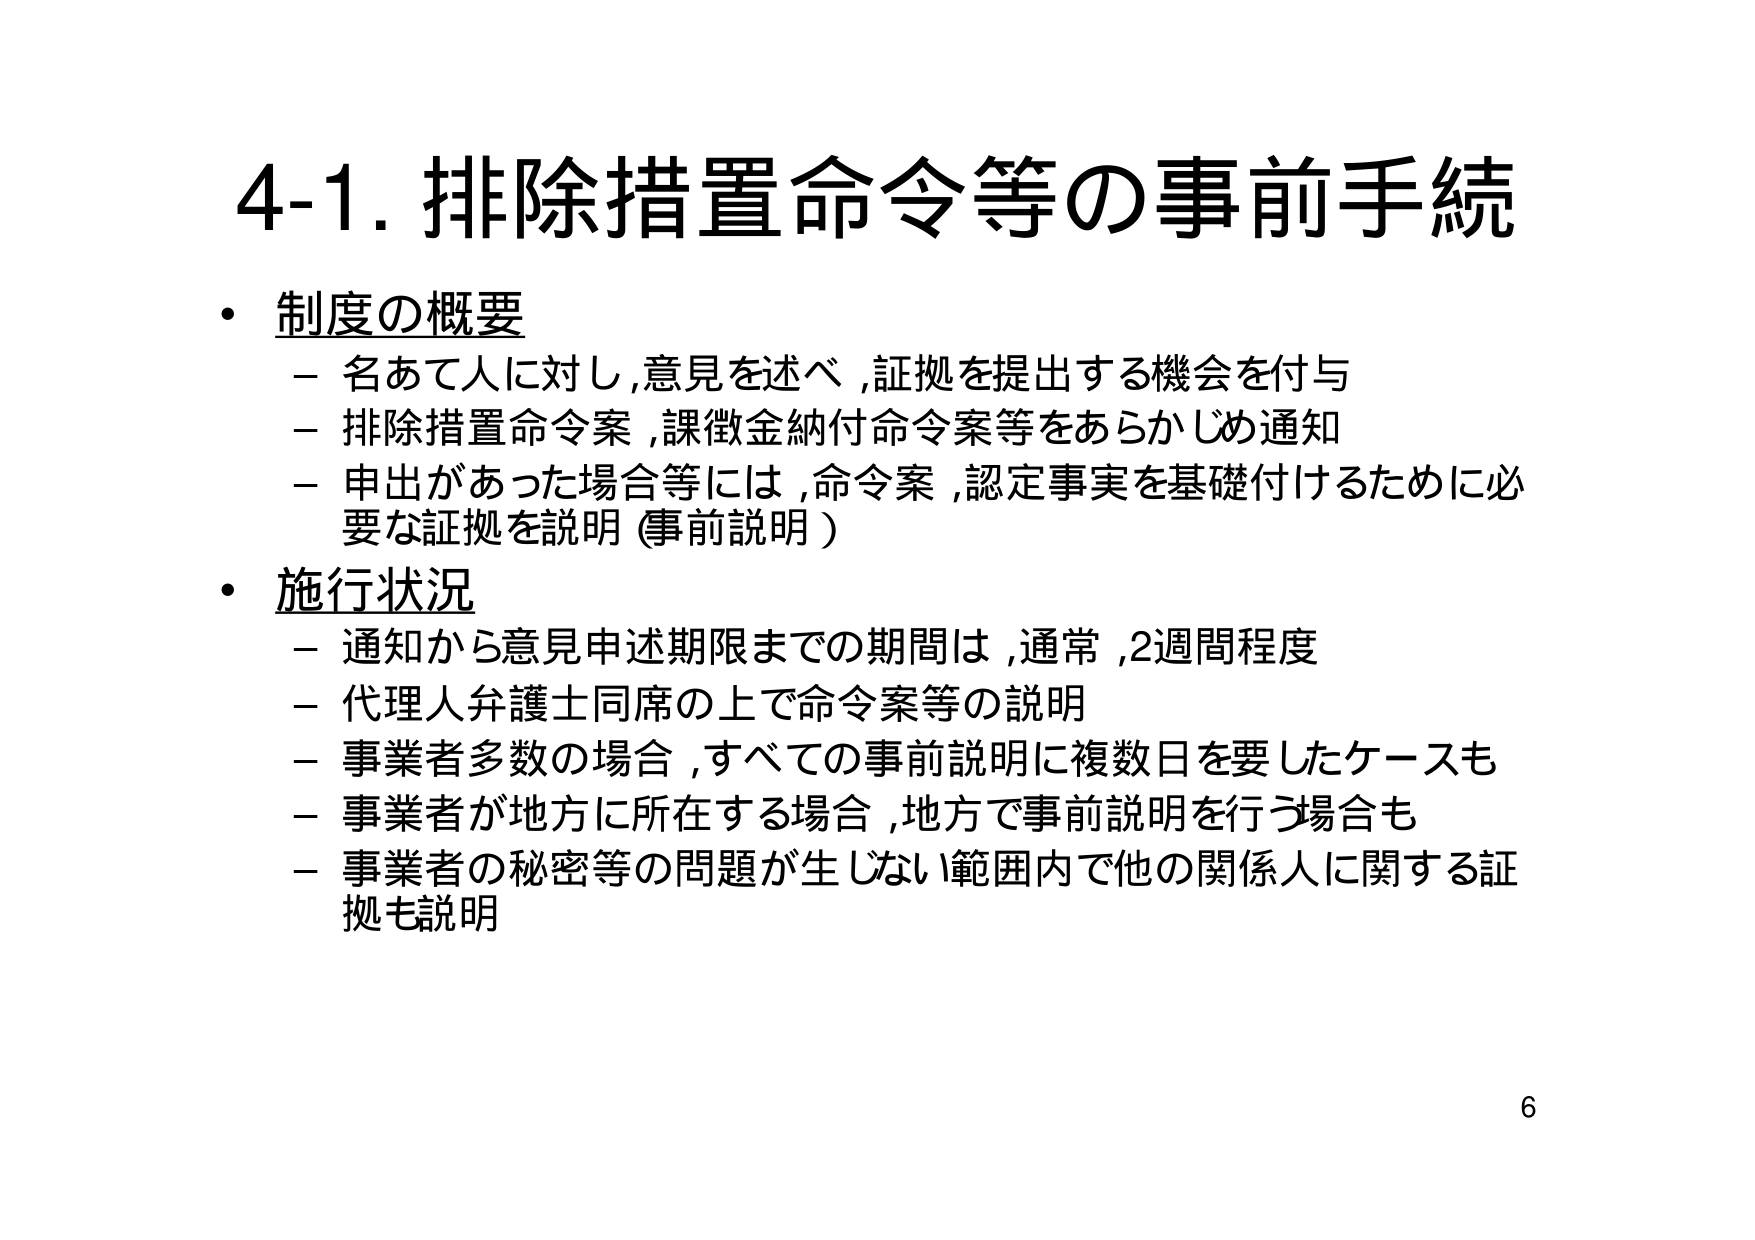
4-1. 排除措置命令等の事前手続

・制度の概要
－ 名あて人に対し,意見を述べ,証拠を提出する機会を付与
－ 排除措置命令案,課徴金納付命令案等をあらかじめ通知
－ 申出があった場合等には,命令案,認定事実を基礎付けるために必要な証拠を説明（事前説明）

・施行状況
－ 通知から意見申述期限までの期間は,通常,2週間程度
－ 代理人弁護士同席の上で命令案等の説明
－ 事業者多数の場合,すべての事前説明に複数日を要したケースも
－ 事業者が地方に所在する場合,地方で事前説明を行う場合も
－ 事業者の秘密等の問題が生じない範囲内で他の関係人に関する証拠も説明

6